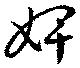
婢